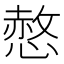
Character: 𢟻